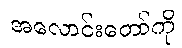
အလောင်းတော်ကို